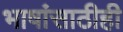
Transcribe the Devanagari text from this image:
भाषांसाठीही